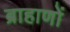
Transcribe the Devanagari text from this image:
ब्राहाणों